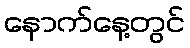
နောက်နေ့တွင်